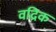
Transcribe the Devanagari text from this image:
वद्रिक